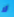
لا